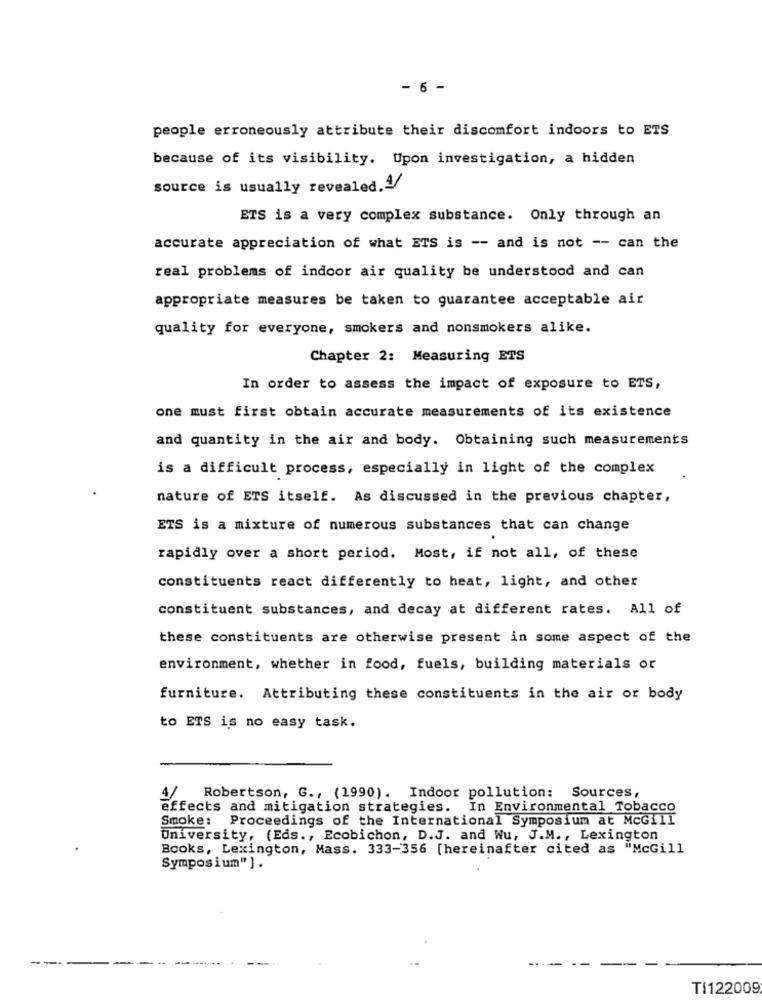
- 6 -
people erroneously attribute their discomfort indoors to ETS
because of its visibility. Upon investigation, a hidden
source is usually revealed.4/
ETS is a very complex substance. Only through an
accurate appreciation of what ETS is -- and is not -- can the
real problems of indoor air quality be understood and can
appropriate measures be taken to guarantee acceptable air
quality for everyone, smokers and nonsmokers alike.
Chapter 2: Measuring ETS
In order to assess the impact of exposure to ETS,
one must first obtain accurate measurements of its existence
and quantity in the air and body. Obtaining such measurements
is a difficult process, especially in light of the complex
nature of ETS itself. As discussed in the previous chapter,
ETS is a mixture of numerous substances that can change
rapidly over a short period. Most, if not all, of these
constituents react differently to heat, light, and other
constituent substances, and decay at different rates. All of
these constituents are otherwise present in some aspect of the
environment, whether in food, fuels, building materials or
furniture. Attributing these constituents in the air or body
to ETS is no easy task.
4/ Robertson, G ., (1990). Indoor pollution: Sources,
effects and mitigation strategies. In Environmental Tobacco
Smoke:
Proceedings of the International Symposium at McGill
University, (Eds ., Ecobichon, D.J. and Wu, J.M ., Lexington
Books, Lexington, Mass. 333-356 [hereinafter cited as "McGill
Symposium"].
TI122009